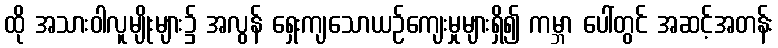
ထို အသားဝါလူမျိုးများ၌ အလွန် ရှေးကျသောယဉ်ကျေးမှုများရှိ၍ ကမ္ဘာ ပေါ်တွင် အဆင့်အတန်း